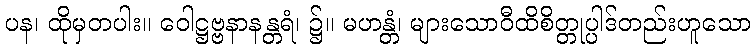
ပန၊ ထိုမှတပါး။ ဝေါဋ္ဌဗ္ဗနာနန္တရံ၊ ၌။ မဟန္တံ၊ များသောဝီထိစိတ္တုပ္ပါဒ်တည်းဟူသော